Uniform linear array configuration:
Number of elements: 48
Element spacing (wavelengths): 1
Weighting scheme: binomial
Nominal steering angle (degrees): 30
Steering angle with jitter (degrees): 31.637
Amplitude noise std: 0.05
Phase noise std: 0.05

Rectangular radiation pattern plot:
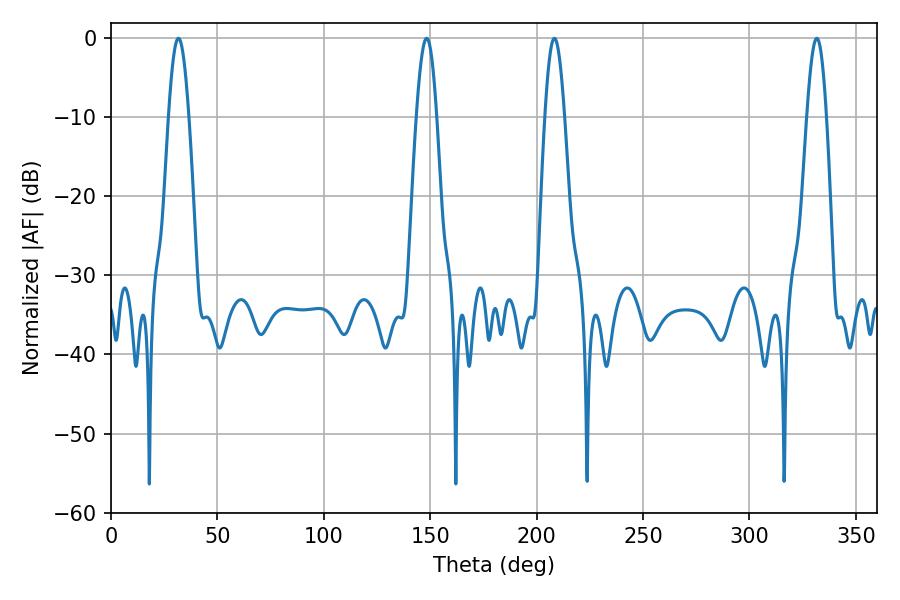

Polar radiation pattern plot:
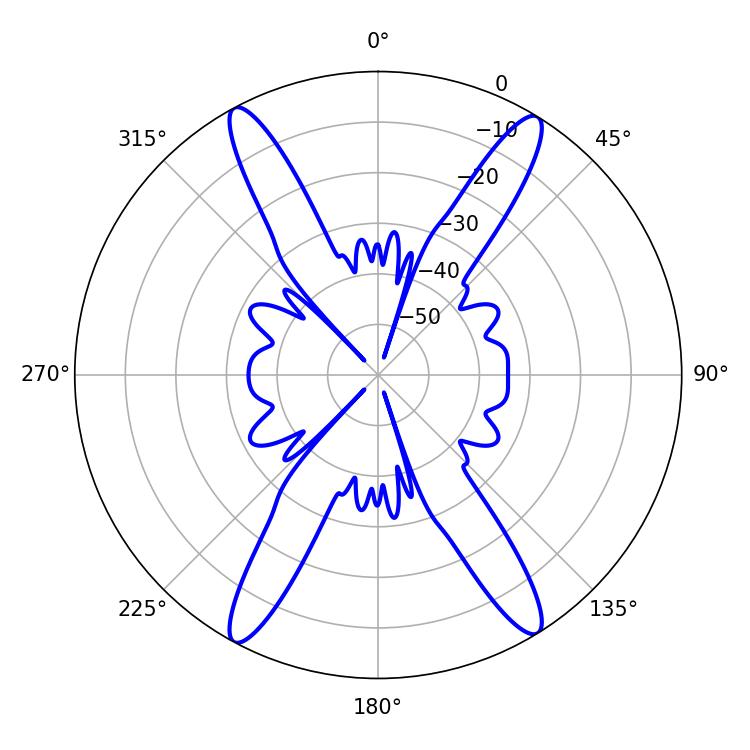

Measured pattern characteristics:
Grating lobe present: TRUE
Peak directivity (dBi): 21.939
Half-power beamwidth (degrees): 5.04
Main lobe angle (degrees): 31.68